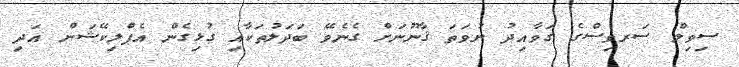
ސިވިލް ސަރވިސްގެ ގަވާއިދު ނުވަތަ ޤާނޫނަށް ގެނެވޭ ބަދަލުތަކާއި ގުޅިގެން އެޕްލިކޭޝަން އަދި